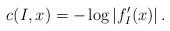
LaTeX: \begin{align*} c(I,x)=-\log \left| f'_I (x) \right|.\end{align*}